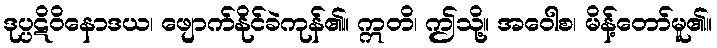
ဒုပ္ပဋိဝိနောဒယ၊ ဖျောက်နိုင်ခဲကုန်၏။ ဣတိ၊ ဤသို့။ အဝေါစ၊ မိန့်တော်မူ၏။